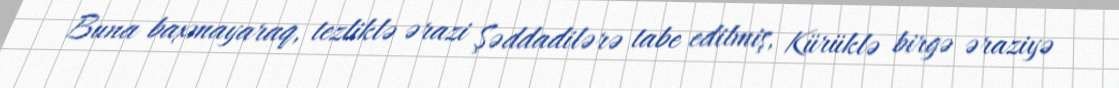
Buna baxmayaraq, tezliklə ərazi Şəddadilərə tabe edilmiş, Kürüklə birgə əraziyə